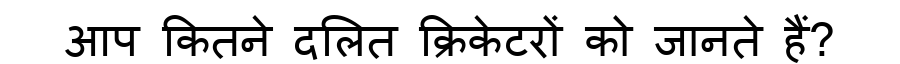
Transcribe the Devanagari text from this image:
आप कितने दलित क्रिकेटरों को जानते हैं?